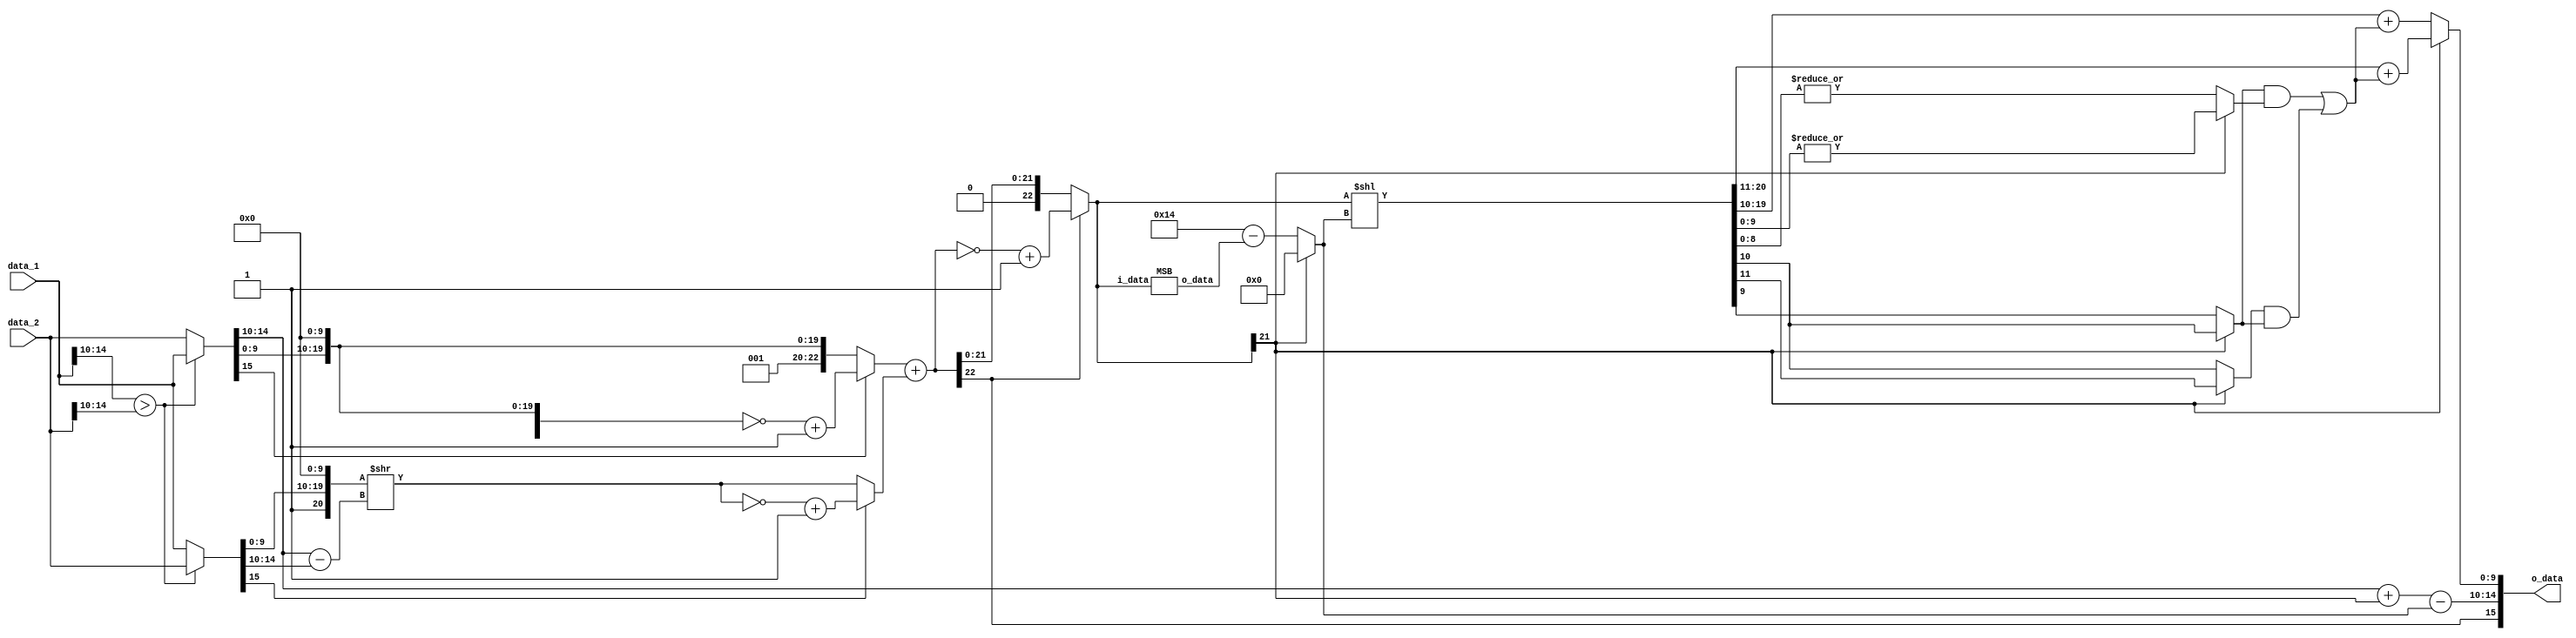
module FP_add (input [15:0] data_1, input [15:0] data_2, output [15:0] o_data);
    wire a_s, b_s, o_s;    //{a_s, a_e, a_f} & {b_s, b_e, b_f}
    wire [4:0] a_e, b_e, o_e;
    wire [9:0] a_f, b_f, o_f;
    wire [22:0] ex_af, ex_bf, ex_af_2s, ex_bf_2s, exbf_shift;
    wire [22:0] ex_add, ex_add_2s, add_shift;
    wire [4:0] expon_shift, normal_shift, f1;
    wire G, R, S, GRS;
    assign {a_s, a_e, a_f} = (data_1[14:10] > data_2[14:10]) ? data_1 : data_2;
    assign {b_s, b_e, b_f} = (data_1[14:10] > data_2[14:10]) ? data_2 : data_1;
    assign expon_shift = a_e - b_e;
    //{sign, carry, hidden, a_f, 10bit} 1+1+1+10+10 bits
    assign ex_af = {3'b001, a_f, 10'b0};
    assign ex_bf = {3'b001, b_f, 10'b0};
    assign exbf_shift = ex_bf >> expon_shift;
    assign ex_af_2s = (a_s) ? ~ex_af + 1'b1 : ex_af;
    assign ex_bf_2s = (b_s) ? ~exbf_shift + 1'b1 : exbf_shift;
    assign ex_add = ex_af_2s + ex_bf_2s;
    assign ex_add_2s = (ex_add[22]) ? ~ex_add + 1'b1 : ex_add;
    MSB m1 (.i_data(ex_add_2s), .o_data(f1));//get MSB

    assign normal_shift = (ex_add_2s[21]) ? 1'b0 : 5'd20 - f1;
    assign add_shift = ex_add_2s << normal_shift;
    assign G = (ex_add_2s[21]) ? add_shift[11] : add_shift[10];
    assign R = (ex_add_2s[21]) ? add_shift[10] : add_shift[9];
    assign S = (ex_add_2s[21]) ? |add_shift[9:0] : |add_shift[8:0];
    assign GRS = (R & S) | (G & R);
    assign o_s = ex_add[22];
    assign o_e = a_e + ex_add_2s[21] - normal_shift;
    assign o_f = (ex_add_2s[21]) ? add_shift[20:11] + GRS : add_shift[19:10] + GRS;
    assign o_data = {o_s, o_e, o_f};
endmodule
module MSB (
    input [22:0] i_data,
    output [4:0] o_data
    );
    wire [15:0] x16;
    wire [7:0] x8;
    wire [3:0] x4;
    wire [1:0] x2;
    assign o_data[4] = | i_data[22:16];
    assign x16 = (o_data[4]) ? {11'b0, i_data[20:16]} : i_data[15:0];
    assign o_data[3] = | x16[15:8];
    assign x8 = (o_data[3]) ? x16[15:8] : x16[7:0];
    assign o_data[2] = | x8[7:4];
    assign x4 = (o_data[2]) ? x8[7:4] : x8[3:0];
    assign o_data[1] = | x4[3:2];
    assign x2 = (o_data[1]) ? x4[3:2] : x4[1:0];
    assign o_data[0] = x2[1];  
endmodule